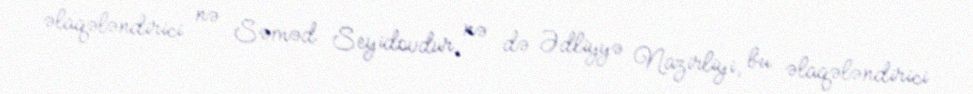
əlaqələndirici nə Səməd Seyidovdur, nə də Ədliyyə Nazirliyi, bu əlaqələndirici